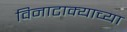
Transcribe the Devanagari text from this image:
विनाटाक्‍याच्या